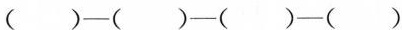
( )—( )—( )—( )